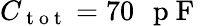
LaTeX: C_{\mathrm{~t~o~t~}}=70\mathrm{~\, ~p~F~}